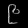
Digit: ၉